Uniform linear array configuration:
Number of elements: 48
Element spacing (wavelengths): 0.75
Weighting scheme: kaiser
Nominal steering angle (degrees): -15
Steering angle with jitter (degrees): -16.918
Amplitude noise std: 0.05
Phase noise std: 0.05

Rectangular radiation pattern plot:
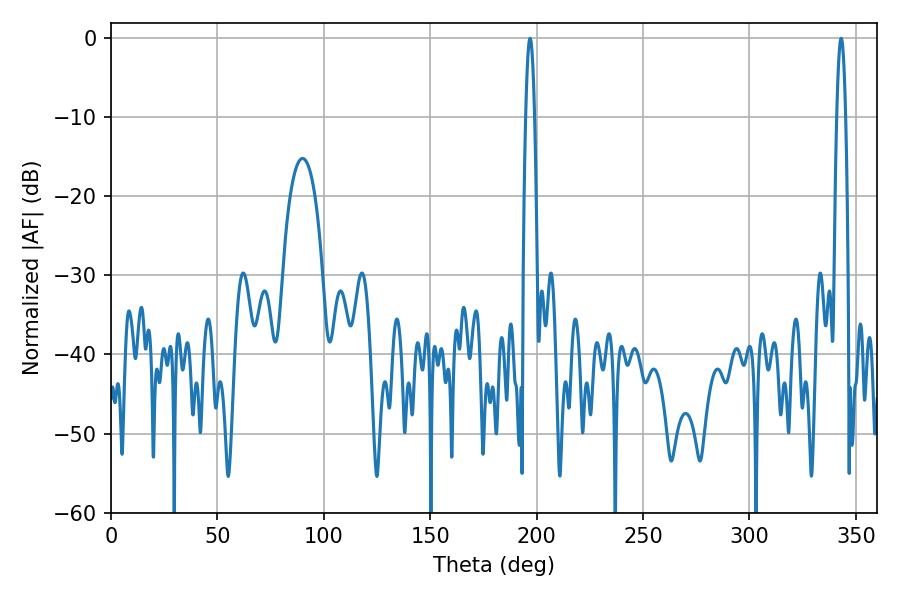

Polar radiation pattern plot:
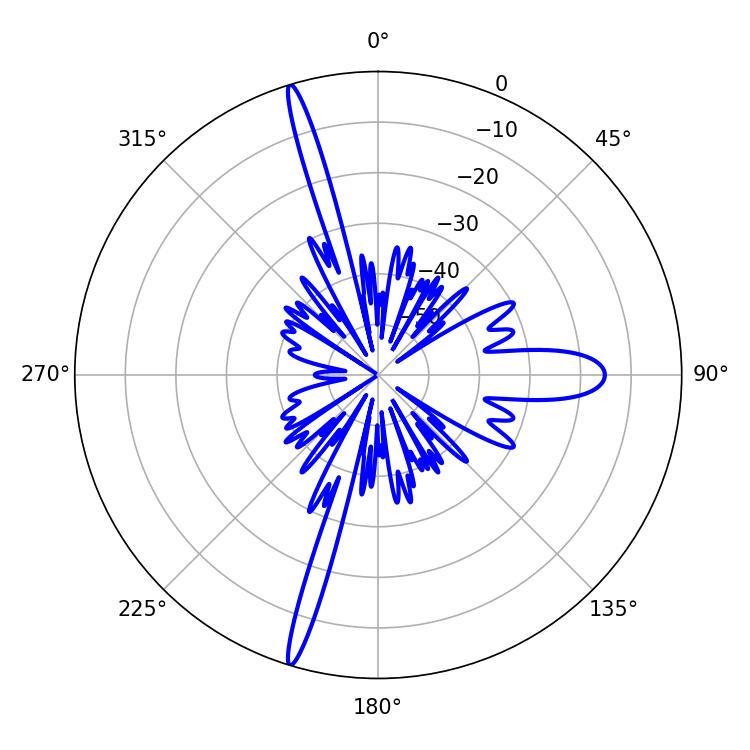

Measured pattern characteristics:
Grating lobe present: TRUE
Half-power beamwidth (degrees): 2.16
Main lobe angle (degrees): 196.92